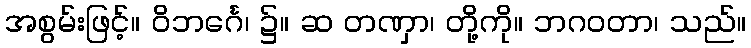
အစွမ်းဖြင့်။ ဝိဘင်္ဂေ၊ ၌။ ဆ တဏှာ၊ တို့ကို။ ဘဂဝတာ၊ သည်။